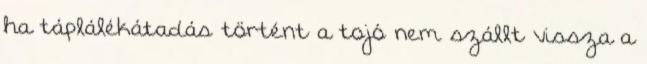
ha táplálékátadás történt a tojó nem szállt vissza a